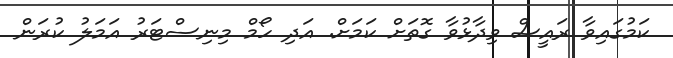
ކަމުގައިވާ ރައީސް ވިދާޅުވާ ގޮތަށް ކަމަށް. އަދި ހޯމް މިނިސްޓަރު އަމަލު ކުރަން